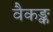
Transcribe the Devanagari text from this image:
वैकङ्क